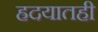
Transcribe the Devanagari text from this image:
ह्रदयातही